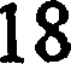
18